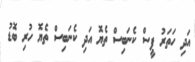
އަދި ހަތަރު ޕީސް ކެނަބިސް ތެޔޮ އަދި ކެނަބިސް ތެޔޮ ހުރި ބޮޑު